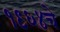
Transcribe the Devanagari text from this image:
१९६४चे